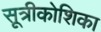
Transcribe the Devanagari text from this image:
सूत्रीकोशिका